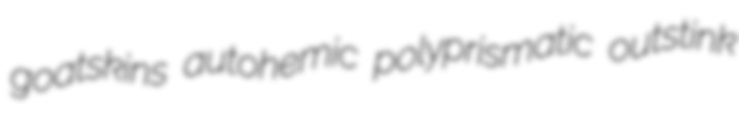
goatskins autohemic polyprismatic outstink